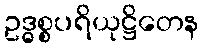
ဥဒ္ဓစ္စပရိယုဋ္ဌိတေန